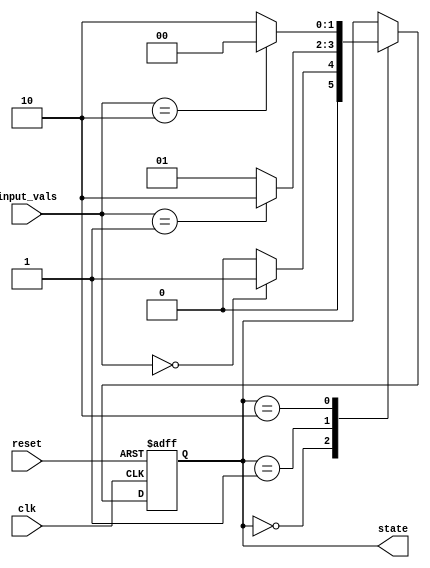
module MooreStateMachine (
    input clk,
    input reset,
    input [1:0] input_vals,
    output reg [1:0] state
);

// State definition
parameter STATE_0 = 2'b00;
parameter STATE_1 = 2'b01;
parameter STATE_2 = 2'b10;

// State machine logic
always @ (posedge clk or posedge reset)
begin
    if (reset)
        state <= STATE_0; // Initialize to State 0
    else
    begin
        case (state)
            STATE_0:
            begin
                if (input_vals == 2'b00)
                    state <= STATE_1;
                else
                    state <= STATE_0;
            end
            STATE_1:
            begin
                if (input_vals == 2'b01)
                    state <= STATE_2;
                else
                    state <= STATE_1;
            end
            STATE_2:
            begin
                if (input_vals == 2'b10)
                    state <= STATE_0;
                else
                    state <= STATE_2;
            end
        endcase
    end
end

// Output generation 
always @ (*)
begin
    case (state)
        STATE_0: // Output based on State 0
        begin
            // Define output behavior for State 0
        end
        STATE_1: // Output based on State 1
        begin
            // Define output behavior for State 1
        end
        STATE_2: // Output based on State 2
        begin
            // Define output behavior for State 2
        end
    endcase
end

endmodule